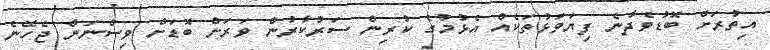
އިތުރަށް ބޮޑުވެދާނެ ފިޔަވަޅުތަކެއް އެޅުމުގެ ކުރިން ސަރުކާރުން ވަރަށް ބޮޑަށް ވިސްނަން ޖެހޭނެ